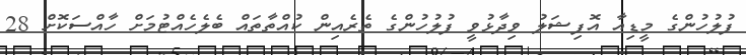
ފުލުހުންގެ މީޑިއާ އޮފިޝަލު ވިދާޅުވީ ފުލުހުންގެ ތެރެއިން ކުއްތާތައް ބެލެހެއްޓުމަށް ހާއްސަކޮށް 28